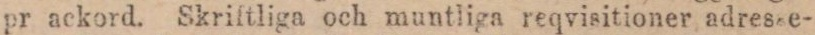
pr ackord. Skriftliga och muntliga reqvisitioner adresse-